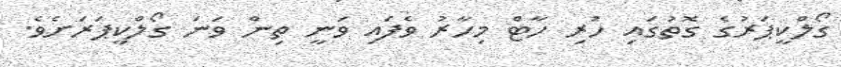
ގޯލްކީޕަރުގެ ގޮތުގައި ހުރި ހާޓް މިހާރު ވެފައި ވަނީ ތިން ވަނަ ގޯލްކީޕަރަށެވެ.